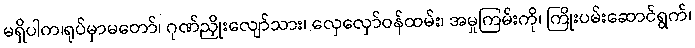
မရှိပါက၊ရုပ်မှာမတော်၊ ဂုဏ်ညှိုးလျော်သား၊ လှေလှော်ဝန်ထမ်း၊ အမှုကြမ်းကို၊ ကြိုးပမ်းဆောင်ရွက်၊